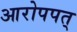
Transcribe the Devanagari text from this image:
आरोपपत्